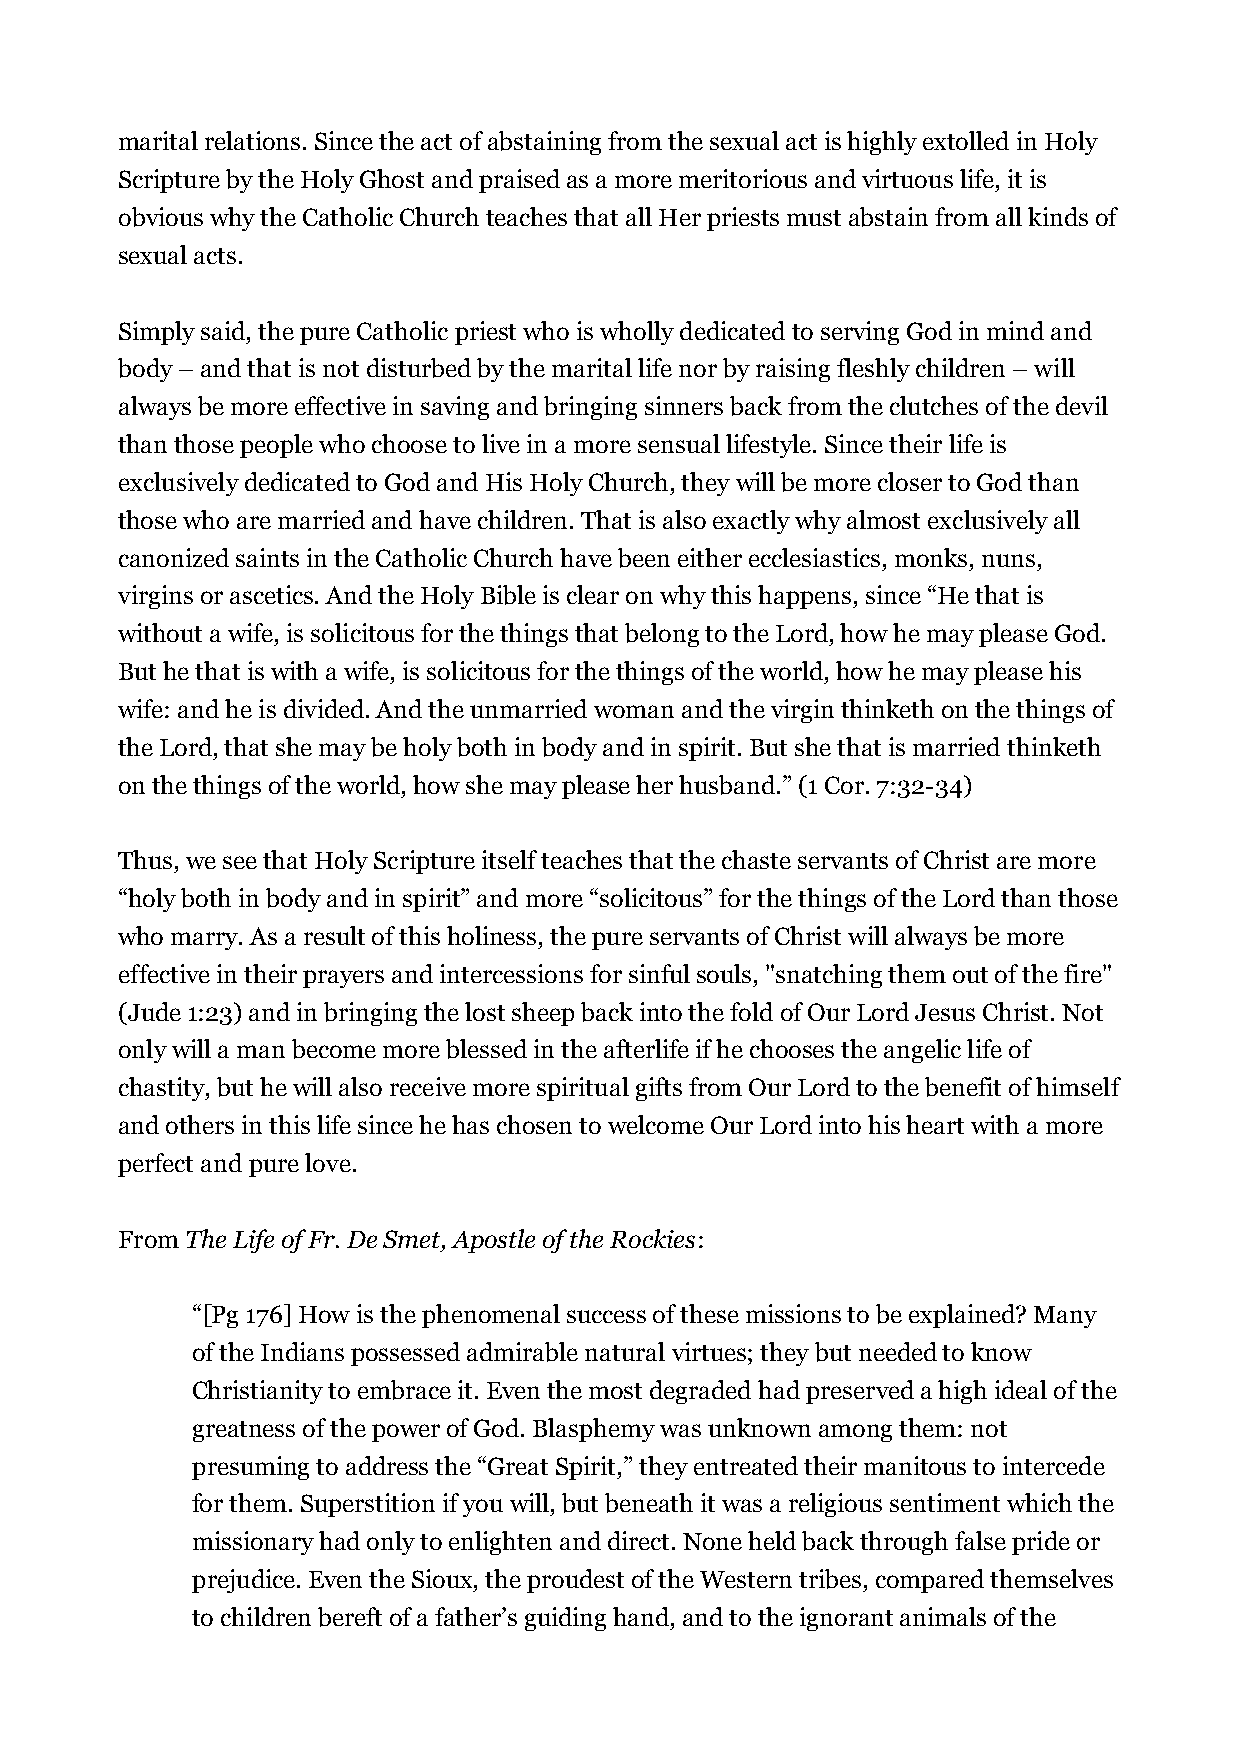
marital relations. Since the act of abstaining from the sexual act is highly extolled in Holy
 Scripture by the Holy Ghost and praised as a more meritorious and virtuous life, it is
 obvious why the Catholic Church teaches that all Her priests must abstain from all kinds of
 sexual acts.
 Simply said, the pure Catholic priest who is wholly dedicated to serving God in mind and
 body – and that is not disturbed by the marital life nor by raising fleshly children – will
 always be more effective in saving and bringing sinners back from the clutches of the devil
 than those people who choose to live in a more sensual lifestyle. Since their life is
 exclusively dedicated to God and His Holy Church, they will be more closer to God than
 those who are married and have children. That is also exactly why almost exclusively all
 canonized saints in the Catholic Church have been either ecclesiastics, monks, nuns,
 virgins or ascetics. And the Holy Bible is clear on why this happens, since “He that is
 without a wife, is solicitous for the things that belong to the Lord, how he may please God.
 But he that is with a wife, is solicitous for the things of the world, how he may please his
 wife: and he is divided. And the unmarried woman and the virgin thinketh on the things of
 the Lord, that she may be holy both in body and in spirit. But she that is married thinketh
 on the things of the world, how she may please her husband.” (1 Cor. 7:32-34)
 Thus, we see that Holy Scripture itself teaches that the chaste servants of Christ are more
 “holy both in body and in spirit” and more “solicitous” for the things of the Lord than those
 who marry. As a result of this holiness, the pure servants of Christ will always be more
 effective in their prayers and intercessions for sinful souls, "snatching them out of the fire"
 (Jude 1:23) and in bringing the lost sheep back into the fold of Our Lord Jesus Christ. Not
 only will a man become more blessed in the afterlife if he chooses the angelic life of
 chastity, but he will also receive more spiritual gifts from Our Lord to the benefit of himself
 and others in this life since he has chosen to welcome Our Lord into his heart with a more
 perfect and pure love.
 From The Life of Fr. De Smet, Apostle of the Rockies:
 “[Pg 176] How is the phenomenal success of these missions to be explained? Many
 of the Indians possessed admirable natural virtues; they but needed to know
 Christianity to embrace it. Even the most degraded had preserved a high ideal of the
 greatness of the power of God. Blasphemy was unknown among them: not
 presuming to address the “Great Spirit,” they entreated their manitous to intercede
 for them. Superstition if you will, but beneath it was a religious sentiment which the
 missionary had only to enlighten and direct. None held back through false pride or
 prejudice. Even the Sioux, the proudest of the Western tribes, compared themselves
 to children bereft of a father’s guiding hand, and to the ignorant animals of the